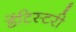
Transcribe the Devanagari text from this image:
डेंटिस्टरी